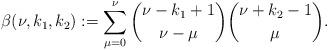
LaTeX: \begin{align*}\beta(\nu,k_1,k_2):=\sum\limits_{\mu=0}^\nu {{\nu-k_1+1} \choose {\nu-\mu}}{{\nu+k_2-1} \choose \mu}.\end{align*}